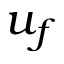
u _ { f }